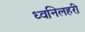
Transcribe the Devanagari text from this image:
ध्वनिलहरी